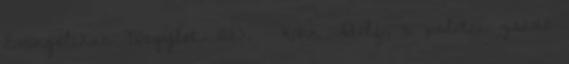
Evangélikus Nőegylet. 1883. – Kohn Adolf, a palotai zsidó